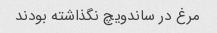
مرغ در ساندویچ نگذاشته بودند